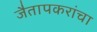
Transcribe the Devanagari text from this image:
जैतापकरांचा